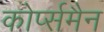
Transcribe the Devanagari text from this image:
कोर्प्समैन